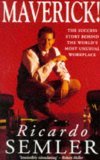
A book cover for Maverick: The Success Story Behind the World's Most Unusual Workplace; Ricardo Semler; Cookbooks, Food & Wine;